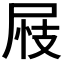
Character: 𡱪